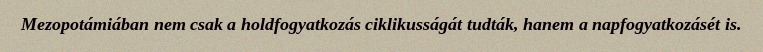
Mezopotámiában nem csak a holdfogyatkozás ciklikusságát tudták, hanem a napfogyatkozásét is.